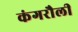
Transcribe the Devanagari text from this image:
कंगरौली